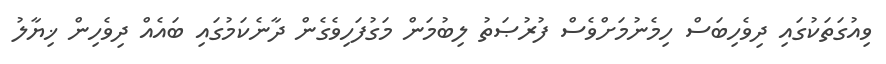
ވިއުގަތަކުގައި ދިވެހިބަސް ހިމެނުމަށްވެސް ފުރުޞަތު ލިބުމަން މަގުފަހިވެގެން ދާނެކަމުގައި ބައެއް ދިވެހިން ޚިޔާލު